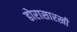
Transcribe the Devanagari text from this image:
ढोरासारखी